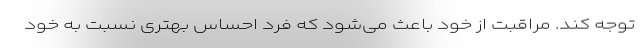
توجه کند. مراقبت از خود باعث می‌شود که فرد احساس بهتری نسبت به خود